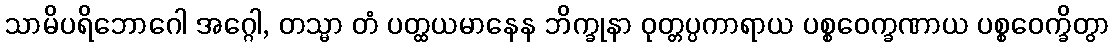
သာမိပရိဘောဂေါ အဂ္ဂေါ, တသ္မာ တံ ပတ္ထယမာနေန ဘိက္ခုနာ ဝုတ္တပ္ပကာရာယ ပစ္စဝေက္ခဏာယ ပစ္စဝေက္ခိတွာ